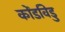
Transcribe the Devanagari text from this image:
कोंडविडु